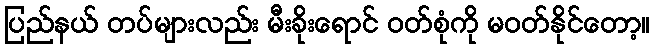
ပြည်နယ် တပ်များလည်း မီးခိုးရောင် ဝတ်စုံကို မဝတ်နိုင်တော့။